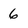
Character: 6